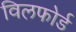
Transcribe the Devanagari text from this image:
विलफोर्ड